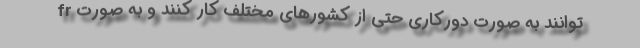
توانند به صورت دورکاری حتی از کشورهای مختلف کار کنند و به صورت fr